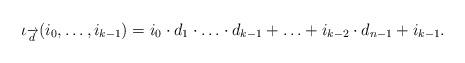
LaTeX: \begin{align*}\iota_{\overrightarrow{d}}(i_0,\ldots,i_{k-1})=i_0\cdot d_1\cdot\ldots\cdot d_{k-1}+\ldots+i_{k-2}\cdot d_{n-1}+i_{k-1}.\end{align*}